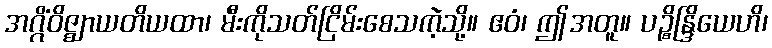
အဂ္ဂိံဝိဇ္ဈာယတိယထာ၊ မီးကိုသတ်ငြိမ်းစေသကဲ့သို့။ ဧဝံ၊ ဤအတူ။ ပဉ္စိန္ဒြိယေဟိ၊